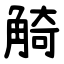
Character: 觭